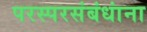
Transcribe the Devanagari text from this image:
परस्परसंबंधांना